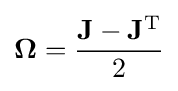
\mathbf {\Omega } ={\frac {\mathbf {J} -\mathbf {J} ^{\text{T}}}{2}}